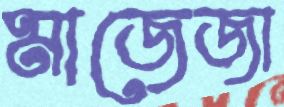
মাজেজা